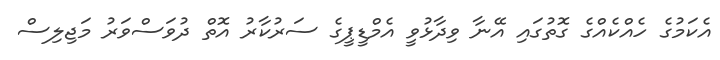
އެކަމުގެ ހެއްކެއްގެ ގޮތުގައި އޭނާ ވިދާޅުވީ އެމްޑީޕީގެ ސަރުކާރު އޮތް ދުވަސްވަރު މަޖިލިސް